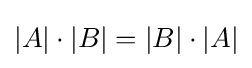
|A|\cdot |B|=|B|\cdot |A|